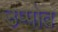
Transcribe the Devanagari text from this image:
उप्पोत